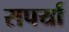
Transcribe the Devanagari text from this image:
सपर्या